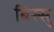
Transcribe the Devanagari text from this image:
बिस्सु